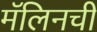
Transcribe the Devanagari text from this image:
मॅलिनची